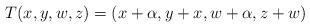
LaTeX: \begin{align*}T(x,y,w,z) = (x + \alpha, y + x, w + \alpha, z + w)\end{align*}